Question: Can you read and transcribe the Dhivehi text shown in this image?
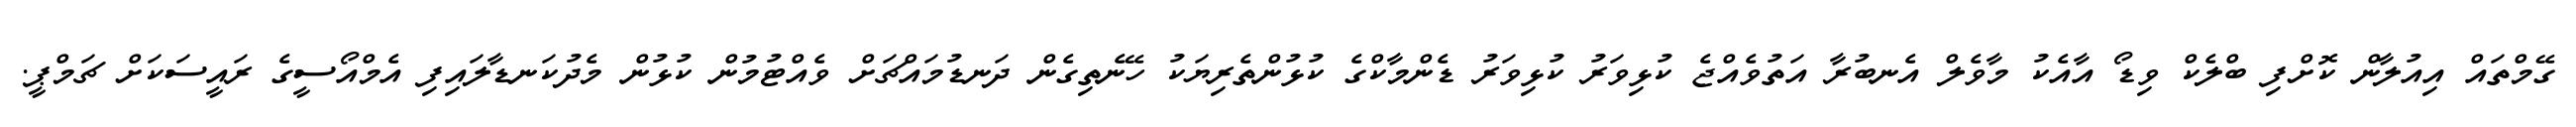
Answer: ގޭމްތައް އިއުލާން ކޮށްފި ބްލެކް ވިޑޯ އާއެކު މާވެލް އެނބުރާ އަތުވެއްޖެ ކުޅިވަރު ކުޅިވަރު ޑެންމާކްގެ ކުޅުންތެރިޔަކު ހޭނެތިގެން ދަނޑުމައްޗަށް ވެއްޓުމުން ކުޅުން މެދުކަނޑާލައިފި އެމްއޯސީގެ ރައީސަކަށް ޗަމްޕީ.